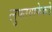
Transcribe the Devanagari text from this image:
लुफ्तवाफेकडे